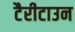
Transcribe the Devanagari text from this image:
टैरीटाउन